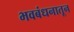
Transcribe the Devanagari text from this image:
भवबंधनातून